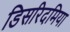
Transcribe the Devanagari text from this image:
डिसरिदमिया